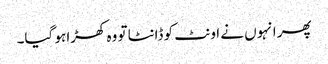
پھر انہوں نے اونٹ کو ڈانٹا تو وہ کھڑا ہو گیا۔